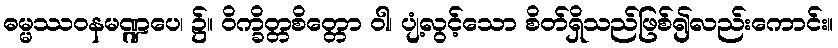
ဓမ္မဿဝနမဏ္ဍပေ၊ ၌။ ဝိက္ခိတ္တစိတ္တော ဝါ၊ ပျံ့လွင့်သော စိတ်ရှိသည်ဖြစ်၍လည်းကောင်း။